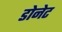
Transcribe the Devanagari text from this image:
डोनेट